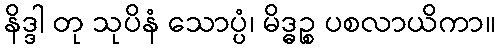
နိဒ္ဒါ တု သုပိနံ သောပ္ပံ၊ မိဒ္ဓဉ္စ ပစလာယိကာ။